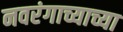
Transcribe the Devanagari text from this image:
नवरंगाच्याच्या